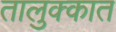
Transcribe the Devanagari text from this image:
तालुक्कात